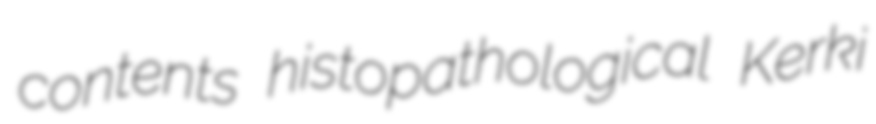
contents histopathological Kerki